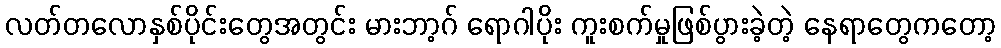
လတ်တလောနှစ်ပိုင်းတွေအတွင်း မားဘာ့ဂ် ရောဂါပိုး ကူးစက်မှုဖြစ်ပွားခဲ့တဲ့ နေရာတွေကတော့